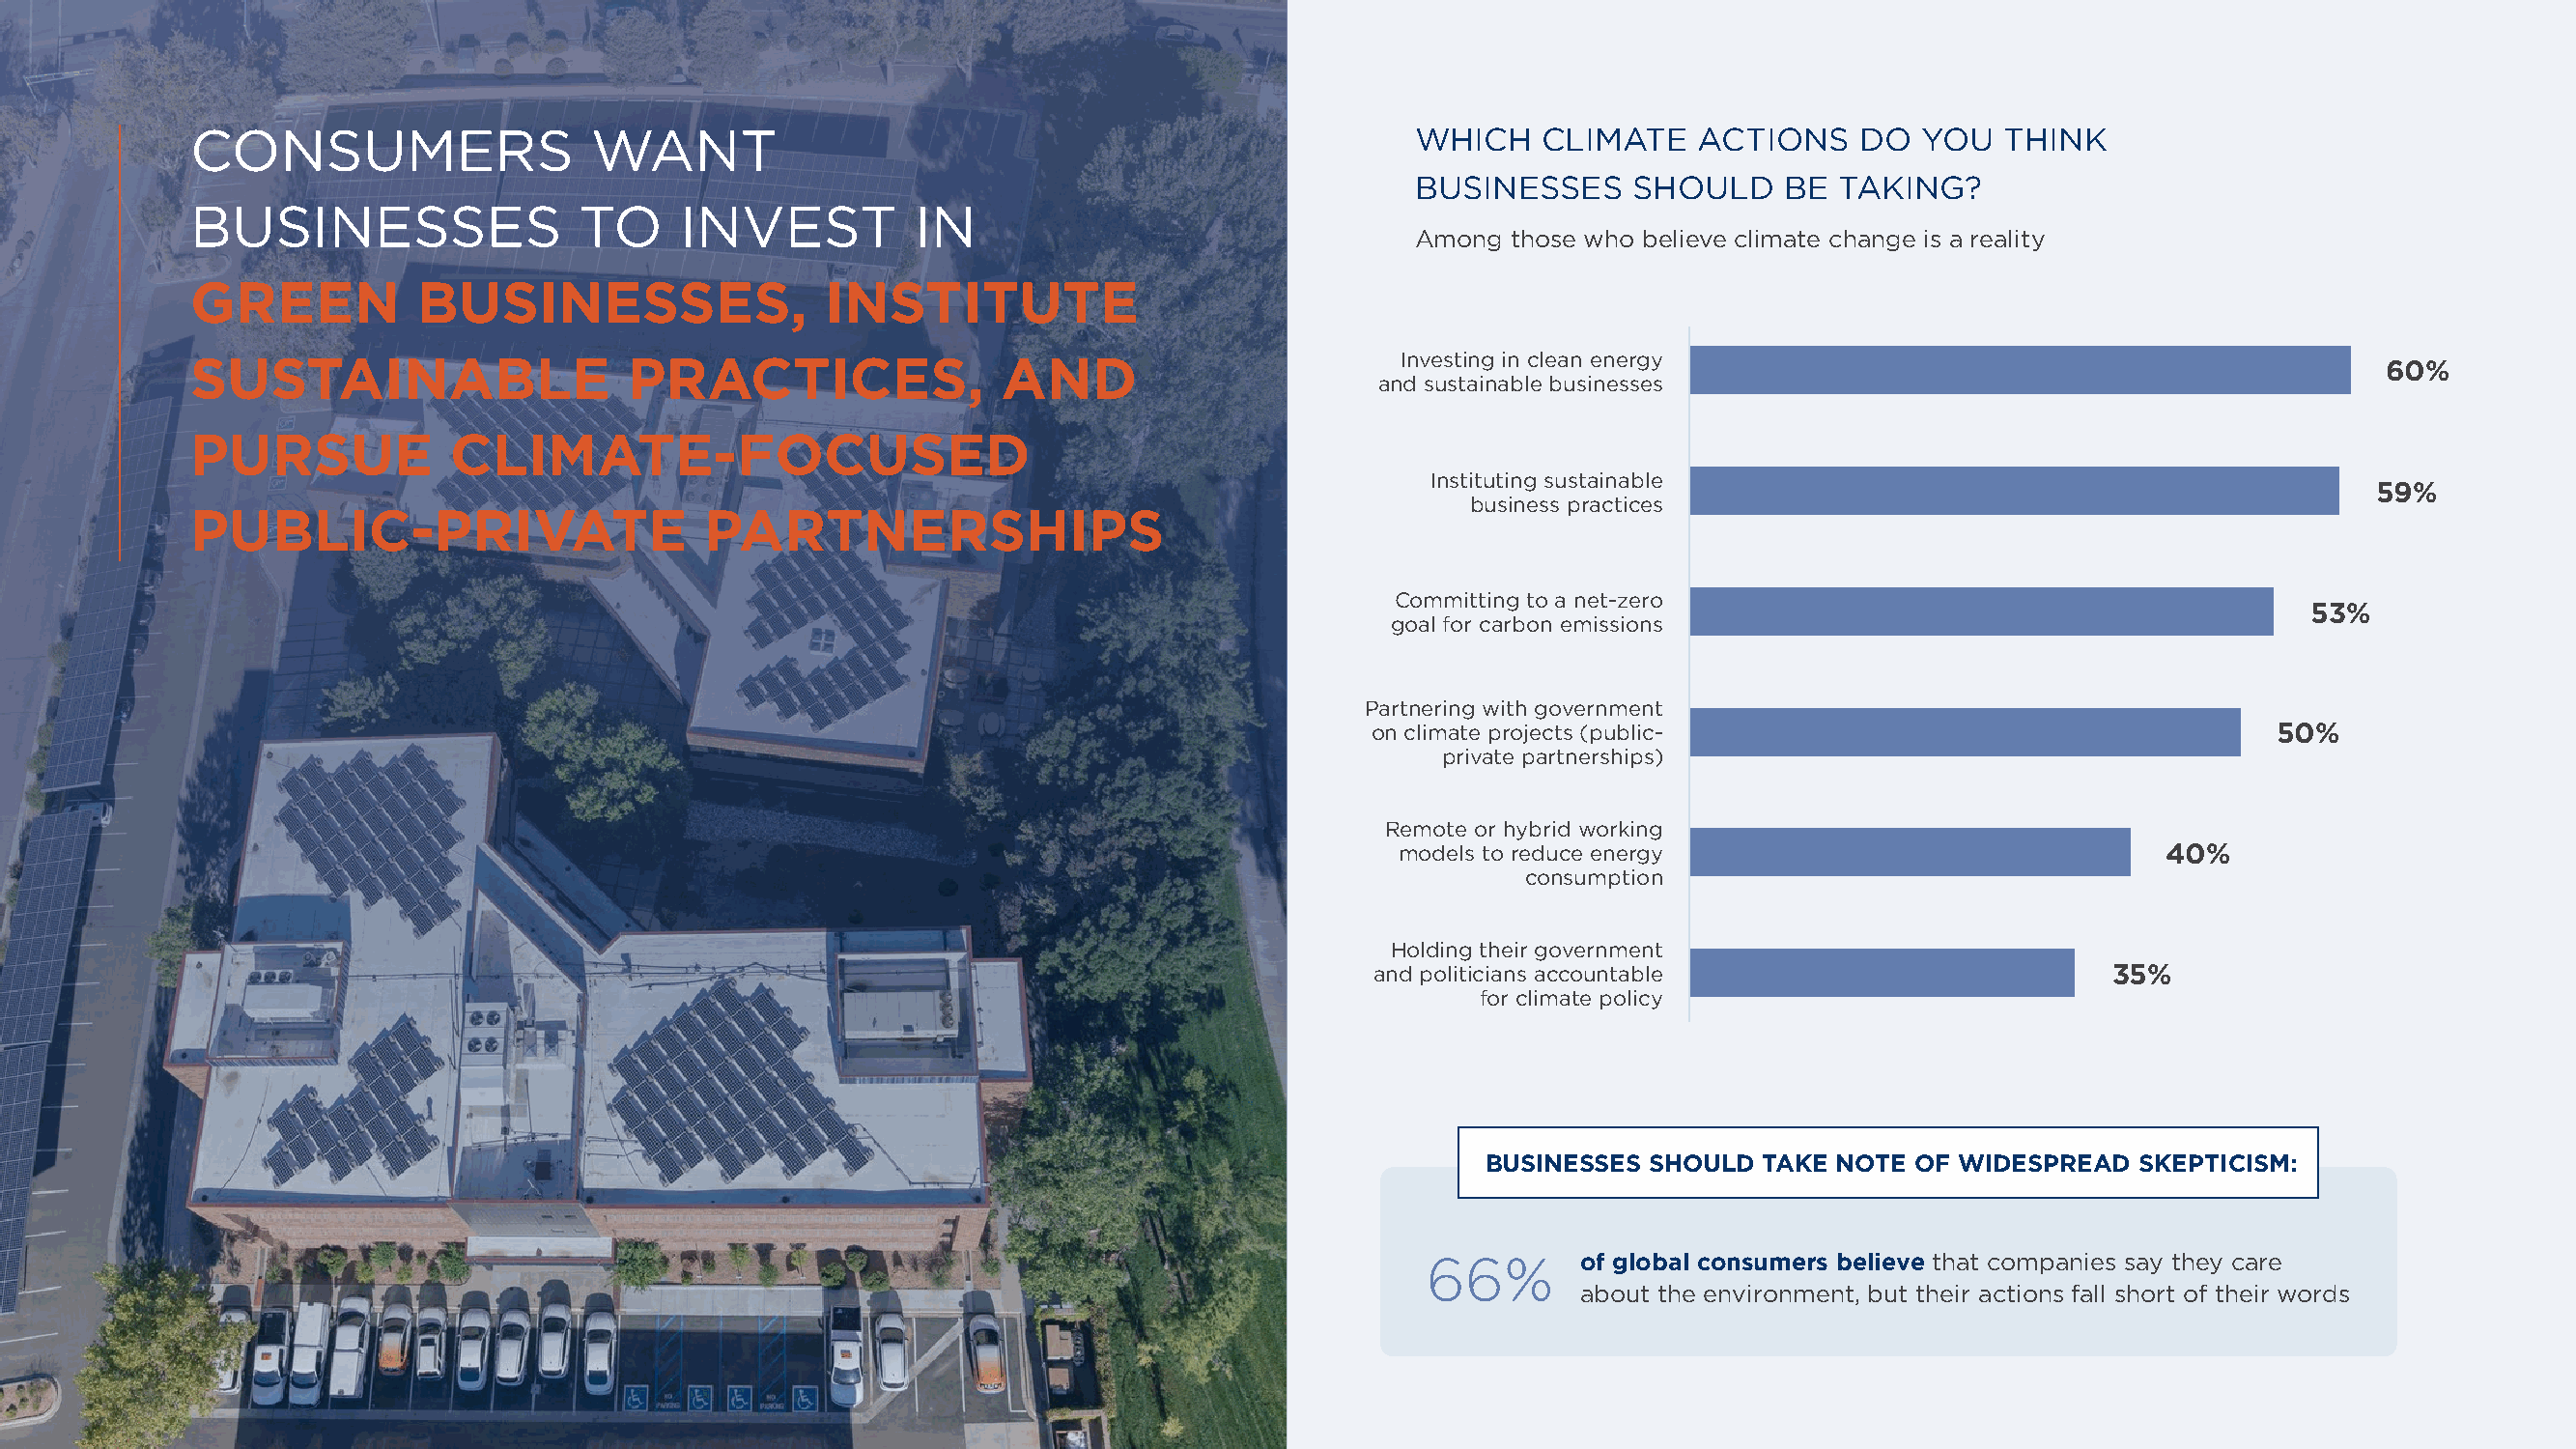
CONSUMERS                  WANT                                                     WHICH    CLIMATE   ACTIONS    DO   YOU  THINK
 BUSINESSES     SHOULD    BE  TAKING?
 BUSINESSES                 TO     INVEST          IN
 Among  those who believe climate change is a reality
 GREEN           BUSINESSES,                 INSTITUTE
 Investing in clean energy
 SUSTAINABLE                   PRACTICES,                AND                                                                                            60%
 and sustainable businesses
 PURSUE            CLIMATE-FOCUSED
 Instituting sustainable
 59%
 business practices
 PUBLIC-PRIVATE                     PARTNERSHIPS
 Committing to a net-zero
 53%
 goal for carbon emissions
 Partnering with government
 on climate projects (public-                                  50%
 private partnerships)
 Remote or hybrid working
 models to reduce energy                             40%
 consumption
 Holding their government
 and politicians accountable                        35%
 for climate policy
 BUSINESSES SHOULD  TAKE NOTE OF WIDESPREAD   SKEPTICISM:
 66%       of global consumers believe that companies say they care
 about the environment, but their actions fall short of their words